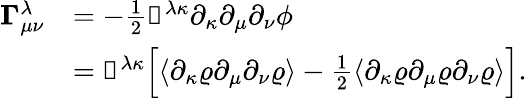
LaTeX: \begin{array}{rl}{\mathbb{\Gamma}_{\mu\nu}^{\lambda}}&{=-\frac{1}{2}\mathbb{g}^{\lambda\kappa}\partial_{\kappa}\partial_{\mu}\partial_{\nu}\phi}\\ &{=\mathbb{g}^{\lambda\kappa}\Big[\langle\partial_{\kappa}\varrho\partial_{\mu}\partial_{\nu}\varrho\rangle-\frac{1}{2}\langle\partial_{\kappa}\varrho\partial_{\mu}\varrho\partial_{\nu}\varrho\rangle\Big].}\end{array}